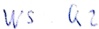
Text: WS Q2